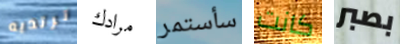
ترتديه مرادك سأستمر كانت بصبر